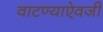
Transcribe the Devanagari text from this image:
वाटण्याऐवजी